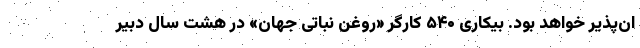
ان‌پذیر خواهد بود. بیکاری ۵۴۰ کارگر «روغن نباتی جهان» در هشت سال دبیر